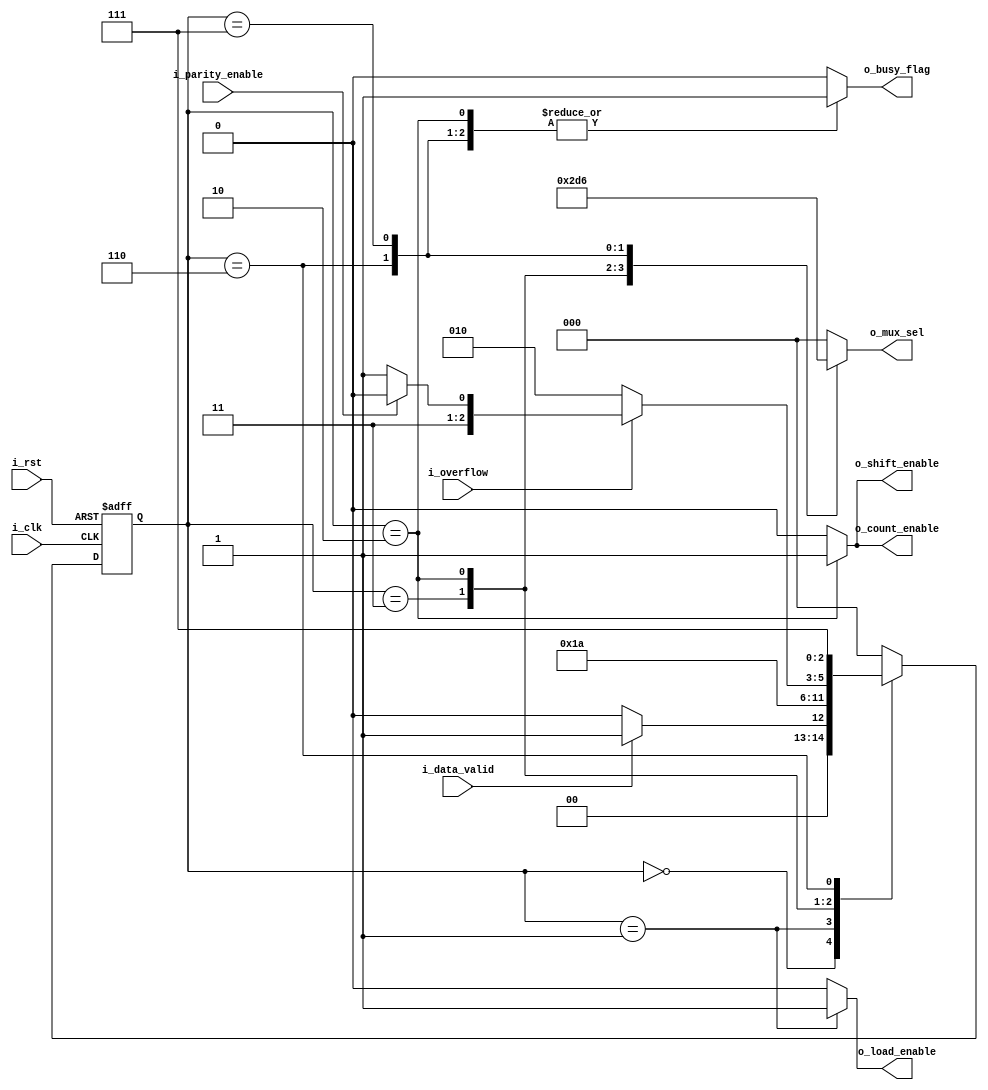
module control_unit 
(
    output  reg    [2:0]    o_mux_sel,
    output  reg             o_load_enable,
    output  reg             o_shift_enable,
    output  reg             o_busy_flag,
    output  reg             o_count_enable,
    input   wire            i_overflow,
    input   wire            i_parity_enable,
    input   wire            i_data_valid,
    input   wire            i_clk,
    input   wire            i_rst

);

    reg [2:0]   current_state;
    reg [2:0]   next_state;


    //gray state encoding to minimize power in each transition
    localparam  [2:0]   IDLE    = 3'b000,
                        LOAD    = 3'b001,
                        START   = 3'b011,
                        DATA    = 3'b010,
                        PARITY  = 3'b110,
                        STOP    = 3'b111;

//current state logic
always@(posedge i_clk or negedge i_rst)
    begin
        if(!i_rst)
            current_state<=IDLE;
        else
            current_state<=next_state;
    end


//next state logic
always@(*)
    begin
        case (current_state)

        IDLE: 
            begin
                if (i_data_valid )
                    next_state<=LOAD;
                else 
                    next_state<=IDLE;
            end
        
        LOAD:
            begin
                next_state<=START;
            end

        START:
            begin
                next_state<=DATA;
            end

        DATA:
            begin
                if (i_overflow)
                    next_state<=(i_parity_enable)?PARITY : STOP;
                else
                    next_state<=DATA;
            end         

        PARITY:
            begin
                next_state<=STOP;
            end

        STOP:
            begin
                next_state<=IDLE;
            end

        default: next_state<= IDLE;
        endcase
    end

//output logic 
always@(*)
    begin
        case (current_state)

        IDLE: 
            begin
                o_load_enable<=1'b0;
                o_busy_flag<=1'b0;
                o_shift_enable<=1'b0;
                o_mux_sel<=3'b000;
                o_count_enable<=1'b0;
            
            end

        LOAD: 
            begin
                o_load_enable<=1'b1;
                o_busy_flag<=1'b1;
                o_shift_enable<=1'b0;
                o_mux_sel<=3'b000;
                o_count_enable<=1'b0;

            end

        START: 
            begin
                o_load_enable<=1'b0;
                o_busy_flag<=1'b1;
                o_shift_enable<=1'b0;
                o_mux_sel<=3'b001;
                o_count_enable<=1'b0;

            end

        DATA: 
            begin
                o_load_enable<=1'b0;
                o_busy_flag<=1'b1;
                o_shift_enable<=1'b1;
                o_mux_sel<=3'b011;
                o_count_enable<=1'b1;

            end

        PARITY: 
            begin
                o_load_enable<=1'b0;
                o_busy_flag<=1'b1;
                o_shift_enable<=1'b0;
                o_mux_sel<=3'b010;
                o_count_enable<=1'b0;
            end
        STOP: 
            begin
                o_load_enable<=1'b0;
                o_busy_flag<=1'b1;
                o_shift_enable<=1'b0;
                o_mux_sel<=3'b110;
                o_count_enable<=1'b0;

            end
        default : 
            begin
                o_load_enable<=1'b0;
                o_busy_flag<=1'b0;
                o_shift_enable<=1'b0;
                o_mux_sel<=3'b000;
                o_count_enable<=1'b0;
            end
        endcase
    end
endmodule